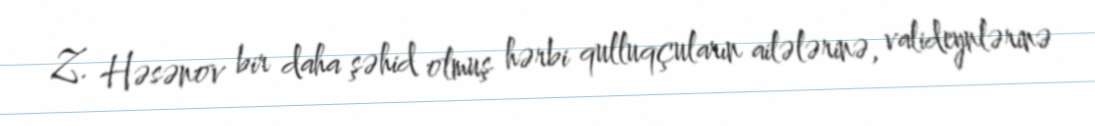
Z. Həsənov bir daha şəhid olmuş hərbi qulluqçuların ailələrinə, valideynlərinə